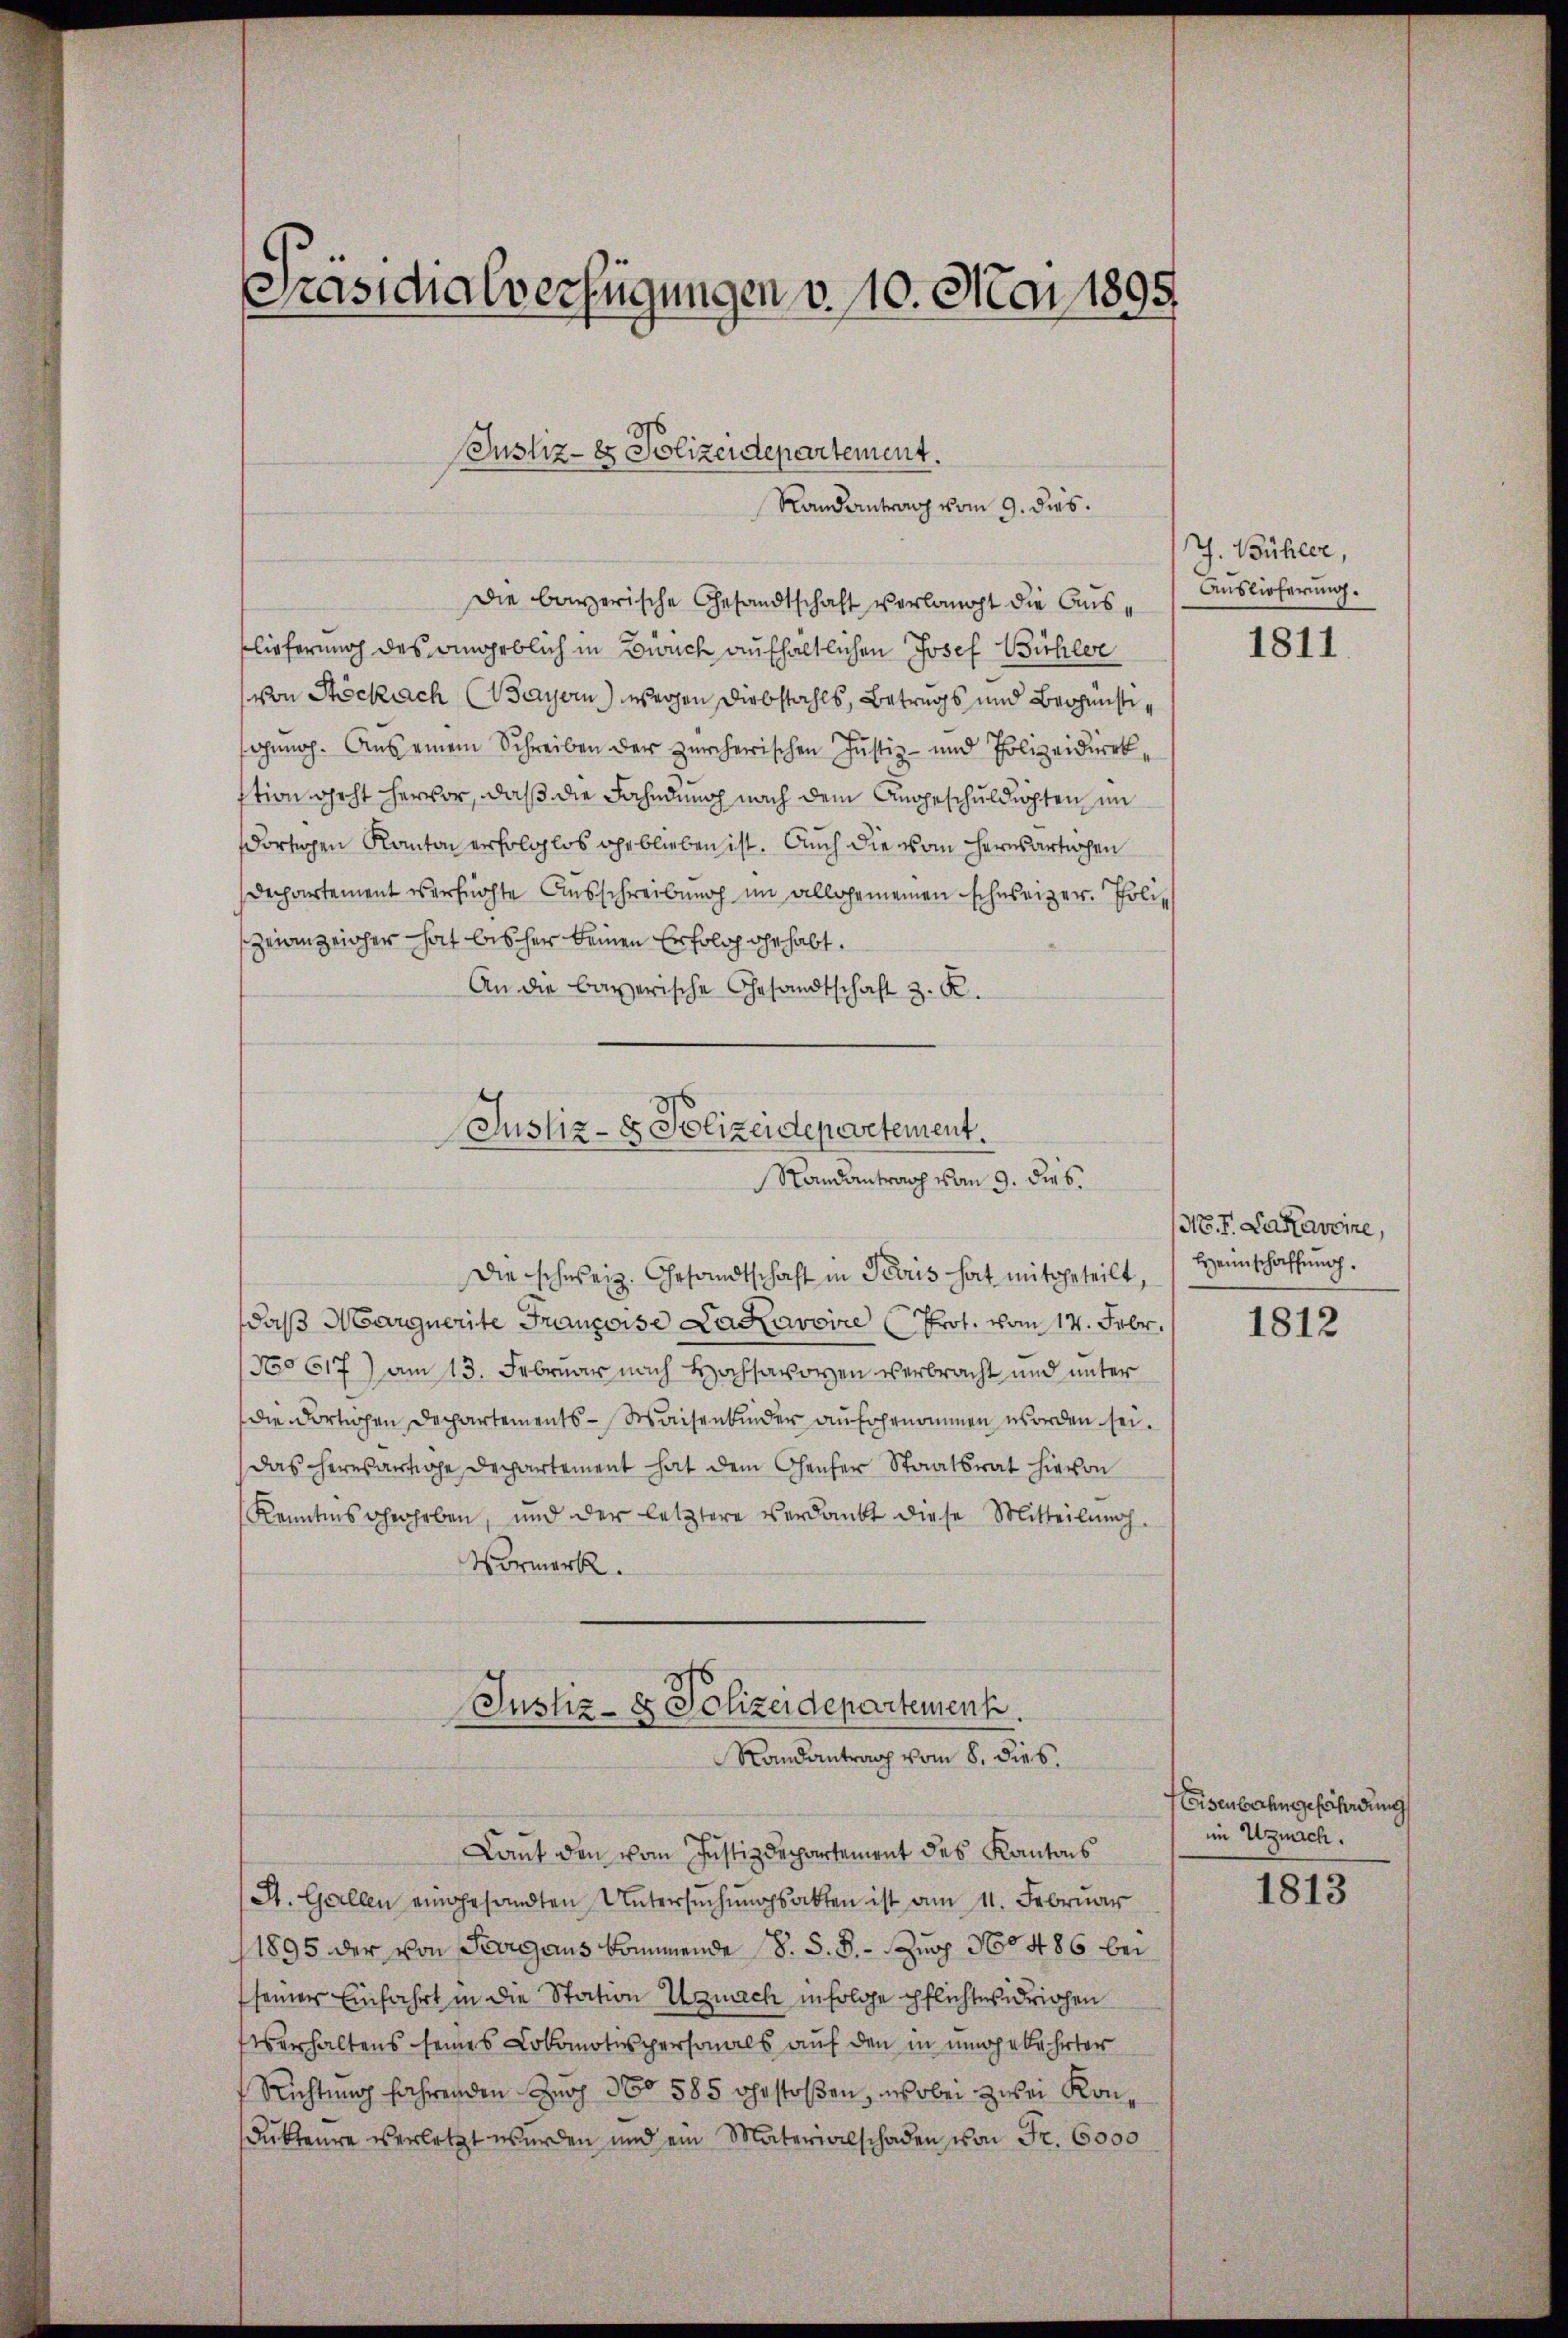
Präsidialverfügungen v. 10. Mai 1895

Justiz- & Polizeidepartement.
Randantrag vom 9. dies.

Die bayerische Gesandtschaft verlangt die Ausslieferung des angeblich in Bruch aufhaltlichen Josef Bichler
von Stockach (Bayern) wegen Diebstahls, Betrugs und Begünste
genoh. Aus einem Schreiben der zürcherischen Justiz- und Polizeidirek
stion geht hervor, daß die Fahndung nach dem Angeschuldigten im
dortigen Kanton erfolglos geblieben ist. Auch die vom Hernsartichen
Dechartement verflüchte Ausschreibung im allgemeinen schweizer. Poliz
Zeianzeicher hat bisher keinen Erfolg gehabt.
An die bayerische Gesandtschaft z. R.

Justiz- & Polizeidepartement.
Randantrag vom 9. dies
Die schweiz. Gesandtschaft in Petris hat mitgeteilt,

daß Margnerite Francoise Lacavoire Prot. vom 14. Febr.
No 617) am 13. Februar nach Hochsen verbracht und unter
die dortigen Dechartements - Waisenkinder aufgenommen worden sei.
das heresartige Departement hat dem Chenher Staatsrat hievon
Kenntnis herheben, und der letztere verdankt diese Mitteilung.
Vormerk.

Justiz- & Polizeidepartement.
Randantrag vom 8. dies,
Laut den vom Justizdepartement des Kantons

St. Gallen eingesandten Untersuchungsakten ist am 11. Februar
1895 der von Serig aus kommende S. S. S. Zug 160486 bei
seiner Einfahrt in die Station Uznach infolge pflichtwidrigen
Überhaltens seines Lokomotivspersonals auf den in umgekehrter
Richtung fahrenden Zur 360 585 Uhr stoßen, wobei zwei Kondukteure verletzt werden und ein Materialschaden von Fr. 6000

J. Bühler,
Auslieferung.

1811

M. I. Daravire,
Heimschaffung.

1812

Eisenbahn gefährdung
in Uznach.

1813